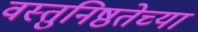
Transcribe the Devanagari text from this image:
वस्तुनिष्ठतेच्या